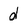
Character: d